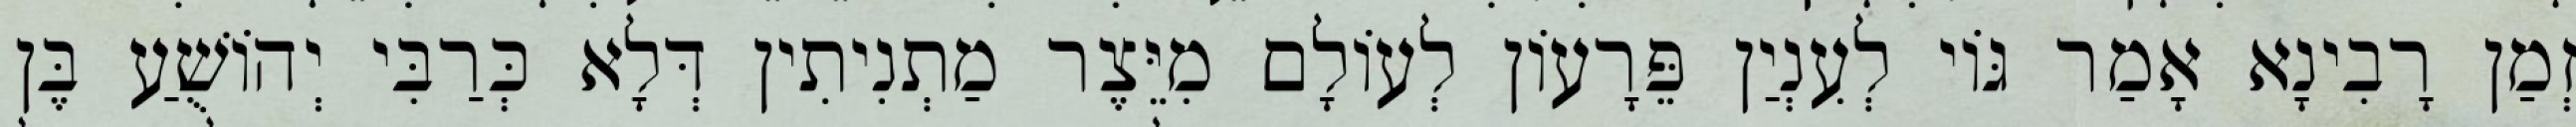
זְמַן רָבִינָא אָמַר גּוֹי לְעִנְיַן פֵּרָעוֹן לְעוֹלָם מִיֵּצֶר מַתְנִיתִין דְּלָא כְּרַבִּי יְהוֹשֻׁעַ בֶּן